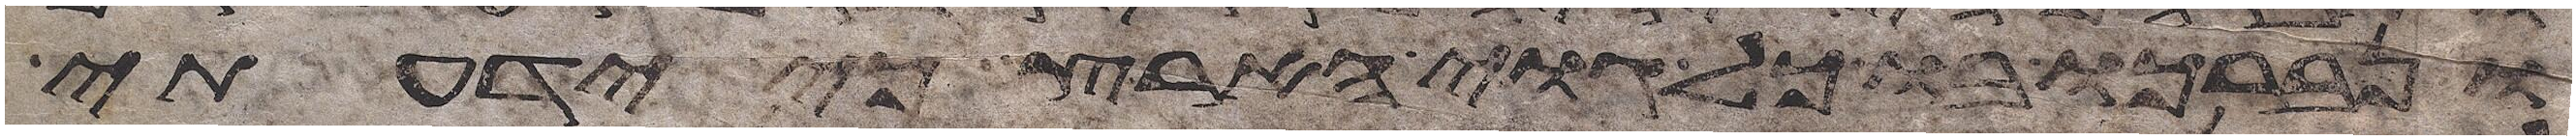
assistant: ונברכו בו כל גוי הארץ כי ידעתי